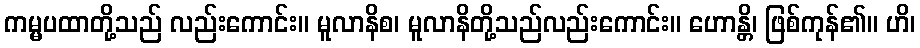
ကမ္မပထာတို့သည် လည်းကောင်း။ မူလာနိစ၊ မူလာနိတို့သည်လည်းကောင်း။ ဟောန္တိ၊ ဖြစ်ကုန်၏။ ဟိ၊